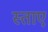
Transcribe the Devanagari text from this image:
स्ताए